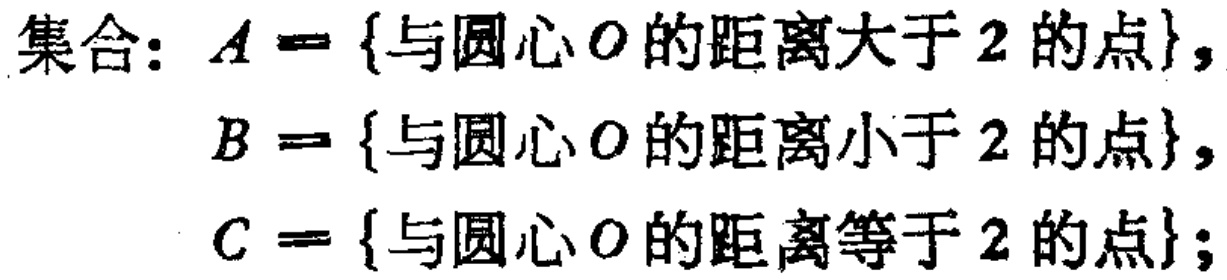
集合：$A = \{与圆心O的距离大于2的点\}$，

$B = \{与圆心O的距离小于2的点\}$，

$C = \{与圆心O的距离等于2的点\}$；